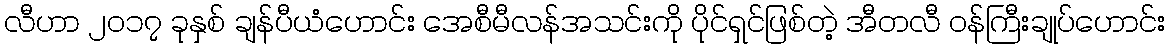
လီဟာ ၂၀၁၇ ခုနှစ် ချန်ပီယံဟောင်း အေစီမီလန်အသင်းကို ပိုင်ရှင်ဖြစ်တဲ့ အီတလီ ဝန်ကြီးချုပ်ဟောင်း